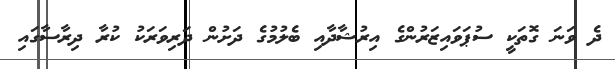
ދެ ވަނަ ގޮތަކީ ސުޕަވައިޒަރުންގެ އިރުޝާދާއި ބެލުމުގެ ދަށުން ދަރިވަރަކު ކުރާ ދިރާސާގައި